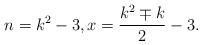
LaTeX: \begin{align*}n=k^2-3, x=\frac{k^2\mp k}{2}-3.\end{align*}